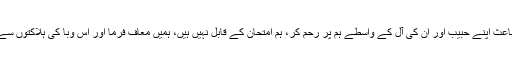
اللہ سے دُعا ہے کہ اپنے کرم کے باعث اپنے حبیبؐ اور ان کی آلؑ کے واسطے ہم پر رحم کر، ہم امتحان کے قابل نہیں ہیں، ہمیں معاف فرما اور اس وبا کی ہلاکتوں سے محفوظ رکھ اس وبا کا خاتمہ فرما۔